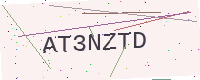
Text: AT3NZTD